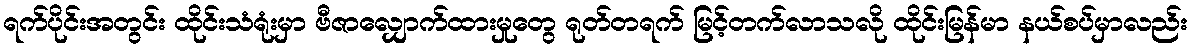
ရက်ပိုင်းအတွင်း ထိုင်းသံရုံးမှာ ဗီဇာလျှောက်ထားမှုတွေ ရုတ်တရက် မြင့်တက်လာသလို ထိုင်းမြန်မာ နယ်စပ်မှာလည်း